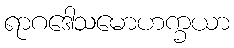
ရာဂဒေါသမောဟက္ခယာ